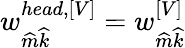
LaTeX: w_{\widehat{m}\widehat{k}}^{head,\left[V\right]}=w_{\widehat{m}\widehat{k}}^{\left[V\right]}